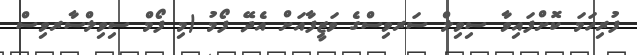
ފުރިހަމަ ކޮށްފައިވާ ސިވިލް ސަރވިސްގެ ވަޒީފާއަށް އެދޭ ފޯމު (މި ފޯމް ސިވިލްސާރވިސް